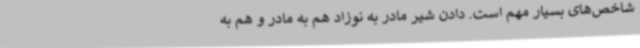
شاخص‌های بسیار مهم است. دادن شیر مادر به نوزاد هم به مادر و هم به